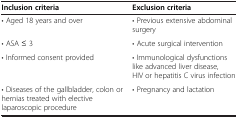
| Inclusion criteria | Exclusion criteria |
 | --- | --- |
 | • Aged 18 years and over | • Previous extensive abdominal surgery |
 | • ASA ≤ 3 | • Acute surgical intervention |
 | • Informed consent provided | • Immunological dysfunctions like advanced liver disease, HIV or hepatitis C virus infection |
 | • Diseases of the gallbladder, colon or hernias treated with elective laparoscopic procedure | • Pregnancy and lactation |